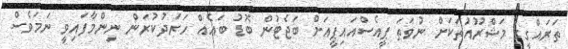
ތަރައްގީގެ މަޝްރޫއުތަކަށް ނުވަތަ ޕީއެސްއައިޕީއަށް ބަޖެޓުން ބޮޑު ބައެއް ހަރަދުކުރަން ނިންމާފައިވީ ނަމަވެސް